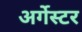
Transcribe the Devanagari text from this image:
अर्गेस्टर